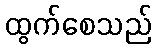
ထွက်စေသည်